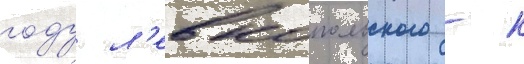
году л'евкопольского - к